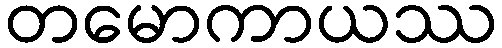
တမောကာယဿ